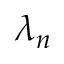
\lambda _ { n }